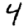
Digit: 4